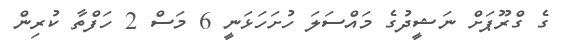
ގެ ގްރޫޕަށް ނަޝީދުގެ މައްސަލަ ހުށަހަޅަނީ 6 މަސް 2 ހަފްތާ ކުރިން